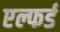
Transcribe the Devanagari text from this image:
एल्फर्ड